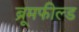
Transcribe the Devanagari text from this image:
ब्रूमफील्ड